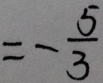
= - \frac { 5 } { 3 }